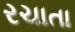
રચાતા